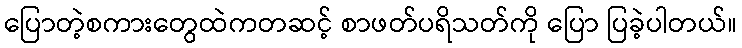
ပြောတဲ့စကားတွေထဲကတဆင့် စာဖတ်ပရိသတ်ကို ပြော ပြခဲ့ပါတယ်။